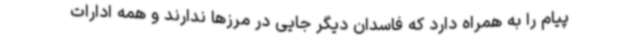
پیام را به همراه دارد که فاسدان دیگر جایی در مرزها ندارند و همه ادارات